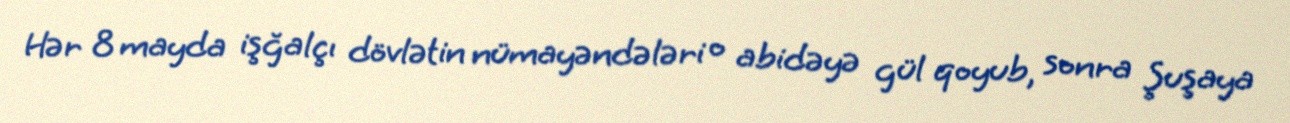
Hər 8 mayda işğalçı dövlətin nümayəndələri o abidəyə gül qoyub, sonra Şuşaya